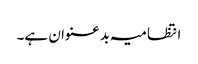
انتظامیہ بدعنوان ہے۔